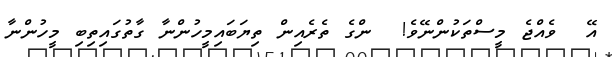
އޭ  ވެއްޖެ މީސްތަކުންނޭވެ!  ންގެ ތެރެއިން ތިޔަބައިމީހުންނާ ގާތުގައިތިބި މީހުންނާ